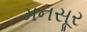
મનસૂર